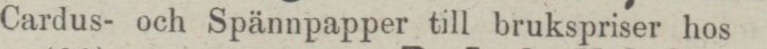
Cardus- och Spännpapper till brukspriser hos